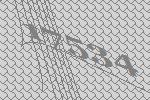
17534